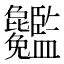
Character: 𥃢